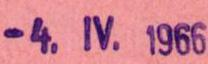
-4. IV. 1966